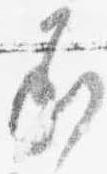
承